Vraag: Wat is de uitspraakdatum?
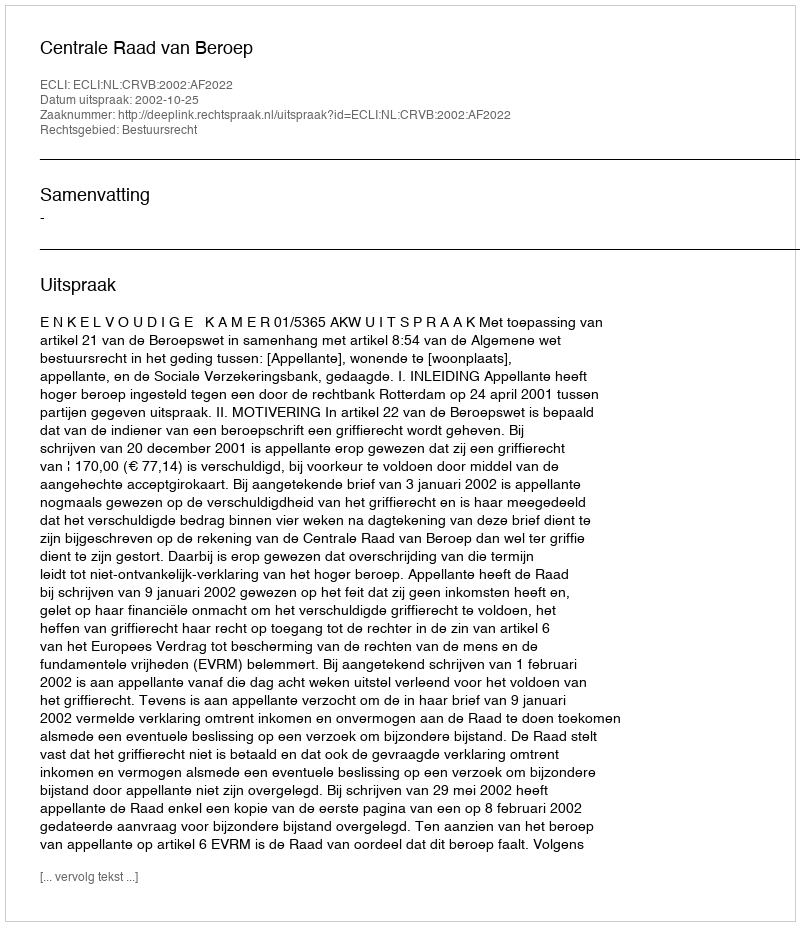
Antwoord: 2002-10-25